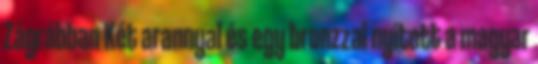
Zágrábban Két arannyal és egy bronzzal nyitott a magyar